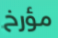
مؤرخ